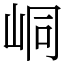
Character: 峒